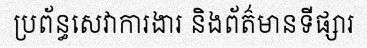
ប្រព័ន្ធសេវាការងារ និងព័ត៌មានទីផ្សារ